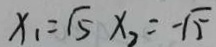
x _ { 1 } = \sqrt { 5 } x _ { 2 } = - \sqrt { 5 }